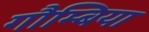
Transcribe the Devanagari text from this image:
गौम्बिया